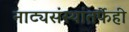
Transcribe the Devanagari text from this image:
नाट्यसंस्थांतर्फेही